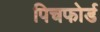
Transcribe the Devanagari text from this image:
पिचफोर्ड